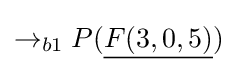
\rightarrow _{b1}P({\underline {F(3,0,5)}})